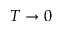
T \rightarrow 0